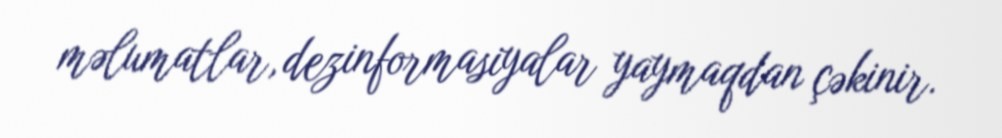
məlumatlar, dezinformasiyalar yaymaqdan çəkinir.